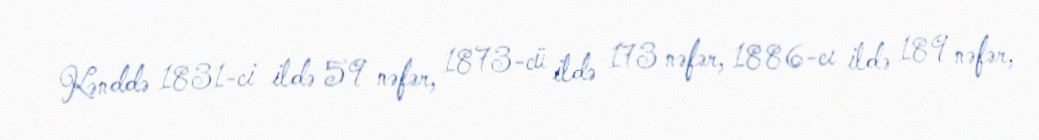
Kənddə 1831-ci ildə 59 nəfər, 1873-cü ildə 173 nəfər, 1886-cı ildə 189 nəfər,